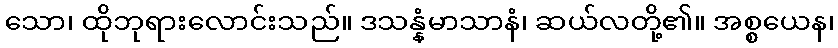
သော၊ ထိုဘုရားလောင်းသည်။ ဒသန္နံမာသာနံ၊ ဆယ်လတို့၏။ အစ္စယေန၊